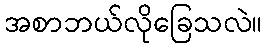
အစာဘယ်လိုခြေသလဲ။